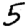
Digit: 5